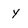
Character: y